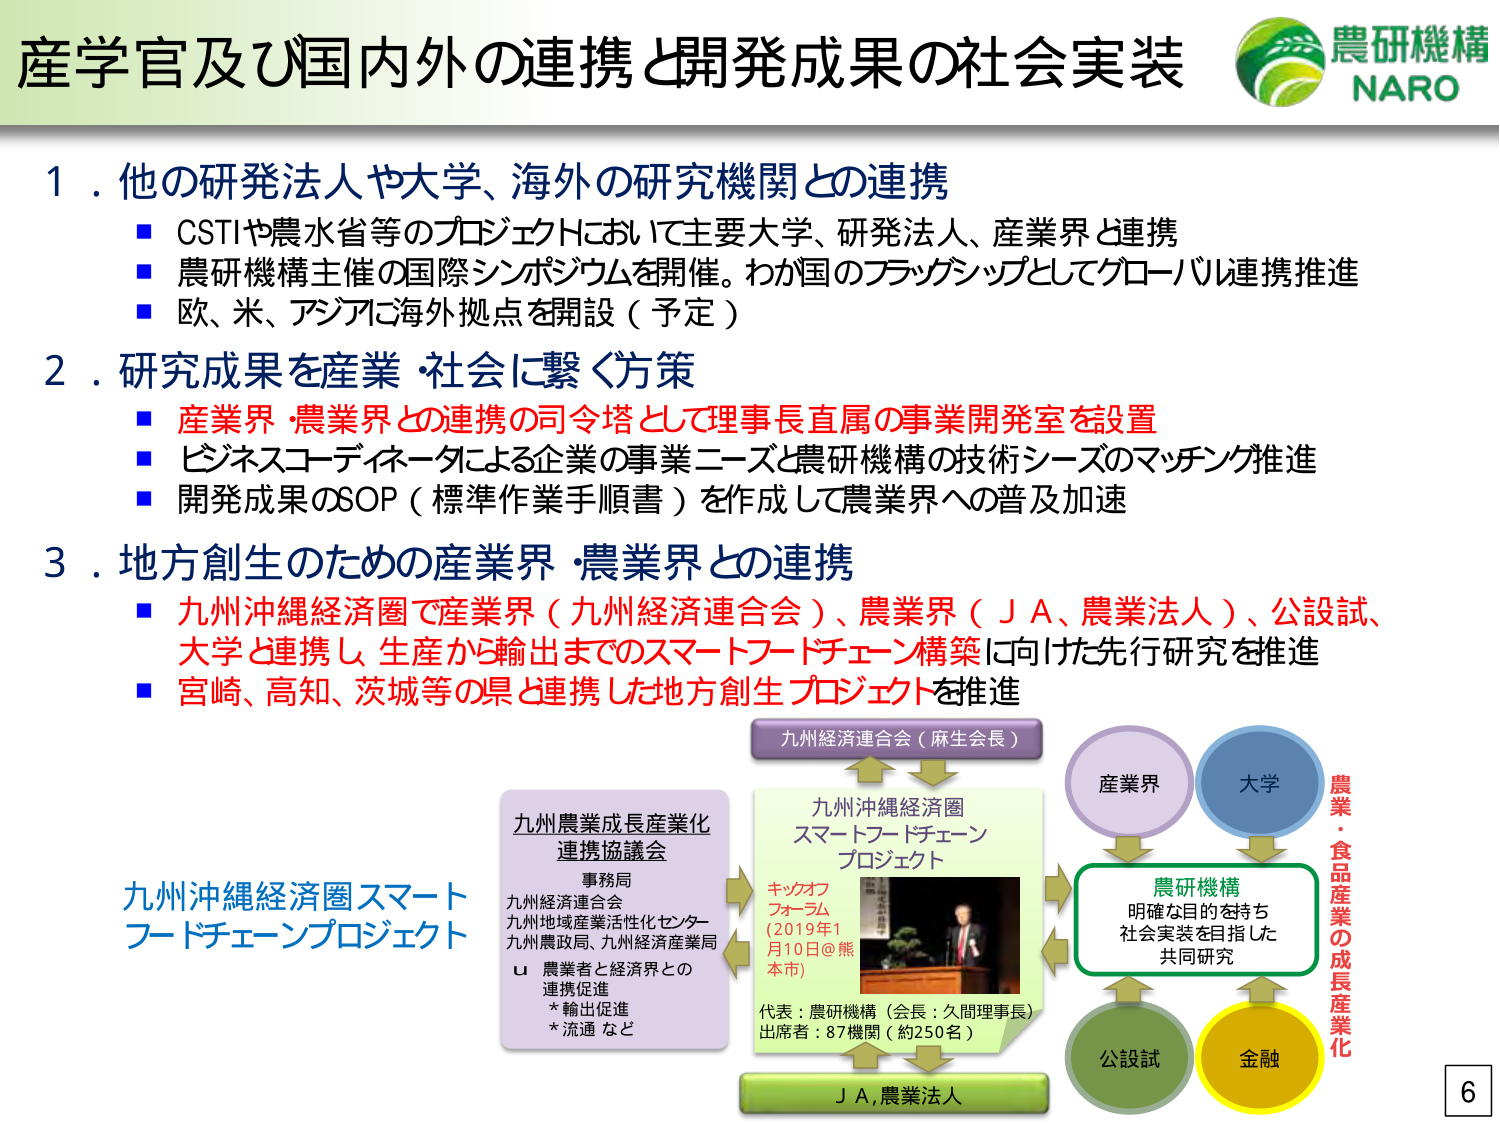
産学官及び国内外の連携と開発成果の社会実装

農研機構
NARO

１．他の研発法人や大学、海外の研究機関との連携
■ CSTIや農水省等のプロジェクトにおいて主要大学、研発法人、産業界と連携
■ 農研機構主催の国際シンポジウムを開催。わが国のフラッグシップとしてグローバル連携推進
■ 欧、米、アジアに海外拠点を開設（予定）

２．研究成果を産業・社会に繋ぐ方策
■ 産業界・農業界との連携の司令塔として理事長直属の事業開発室を設置
■ ビジネスコーディネータによる企業の事業ニーズと農研機構の技術シーズのマッチング推進
■ 開発成果のSOP（標準作業手順書）を作成して農業界への普及加速

３．地方創生のための産業界・農業界との連携
■ 九州沖縄経済圏で産業界（九州経済連合会）、農業界（ＪＡ、農業法人）、公設試、大学と連携し、生産から輸出までのスマートフードチェーン構築に向けた先行研究を推進
■ 宮崎、高知、茨城等の県と連携した地方創生プロジェクトを推進

九州沖縄経済圏スマート
フードチェーンプロジェクト

九州農業成長産業化
連携協議会
事務局
九州経済連合会
九州地域産業活性化センター
九州農政局、九州経済産業局
u 農業者と経済界との
連携促進
* 輸出促進
* 流通 など

九州経済連合会（麻生会長）

九州沖縄経済圏
スマートフードチェーン
プロジェクト

キックオフ
フォーラム
(2019年1
月10日@熊本市)

代表：農研機構（会長：久間理事長）
出席者：87機関（約250名）

ＪＡ,農業法人

産業界
大学
農研機構
明確な目的を持ち
社会実装を目指した
共同研究
公設試
金融

農業・食品産業の成長産業化

6